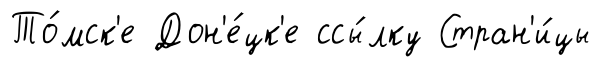
То́мск'е Дон'е́цк'е ссы́лку Стран'и́цы